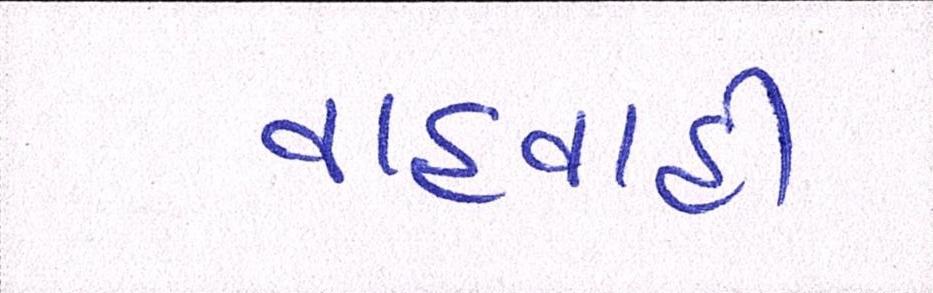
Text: વાહવાહી